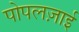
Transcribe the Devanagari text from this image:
पोपलज़ाई